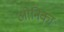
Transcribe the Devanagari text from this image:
ओनिका